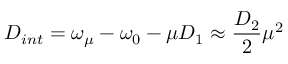
D _ { i n t } = \omega _ { \mu } - \omega _ { 0 } - \mu D _ { 1 } \approx \frac { D _ { 2 } } { 2 } \mu ^ { 2 }